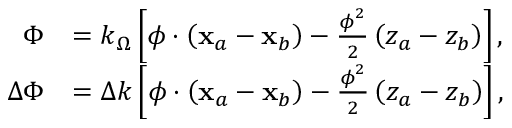
\begin{array} { r l } { \Phi } & { = k _ { \Omega } \left[ \boldsymbol { \phi } \cdot \left( \mathbf { x } _ { a } - \mathbf { x } _ { b } \right) - \frac { \boldsymbol { \phi } ^ { 2 } } { 2 } \left( z _ { a } - z _ { b } \right) \right] , } \\ { \Delta \Phi } & { = \Delta k \left[ \boldsymbol { \phi } \cdot \left( \mathbf { x } _ { a } - \mathbf { x } _ { b } \right) - \frac { \boldsymbol { \phi } ^ { 2 } } { 2 } \left( z _ { a } - z _ { b } \right) \right] , } \end{array}